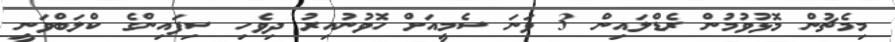
މިމެޗުން މޮޅުވުމުން ރެޑްލައިން 3 ވަނަ ސެމީއަށް ހޮވުނުއިރު ދިވެހި ސިފައިންގެ ކްލަބްވަނީ